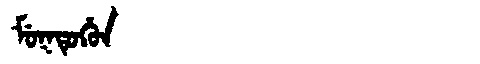
Manchu: ᠮᡠᡴᡨᡠᡥᡠᠨ
Romanization: MUKTUHUN